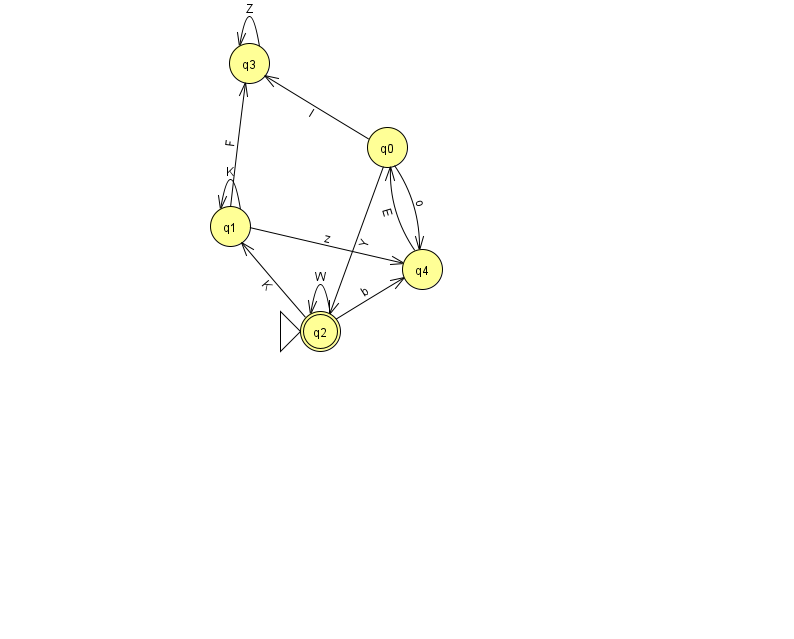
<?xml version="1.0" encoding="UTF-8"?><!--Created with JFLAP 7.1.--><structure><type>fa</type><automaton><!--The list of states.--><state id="0" name="q0"><x>387.0</x><y>134.0</y></state><state id="1" name="q1"><x>230.0</x><y>213.0</y></state><state id="2" name="q2"><x>320.0</x><y>318.0</y><initial/><final/></state><state id="3" name="q3"><x>249.0</x><y>50.0</y></state><state id="4" name="q4"><x>422.0</x><y>256.0</y></state><!--The list of transitions.--><transition><from>2</from><to>4</to><read>b</read></transition><transition><from>4</from><to>0</to><read>E</read></transition><transition><from>1</from><to>4</to><read>z</read></transition><transition><from>2</from><to>1</to><read>K</read></transition><transition><from>2</from><to>2</to><read>W</read></transition><transition><from>0</from><to>4</to><read>o</read></transition><transition><from>3</from><to>3</to><read>Z</read></transition><transition><from>1</from><to>1</to><read>K</read></transition><transition><from>0</from><to>3</to><read>l</read></transition><transition><from>1</from><to>3</to><read>F</read></transition><transition><from>0</from><to>2</to><read>Y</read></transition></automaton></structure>